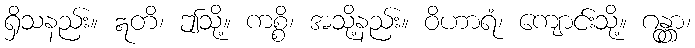
ရှိသနည်း။ ဣတိ၊ ဤသို့။ ကစ္စိ၊ အသို့နည်း။ ဝိဟာရံ၊ ကျောင်းသို့။ ဂန္တွာ၊